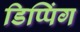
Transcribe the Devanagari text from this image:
डिप्पिंग